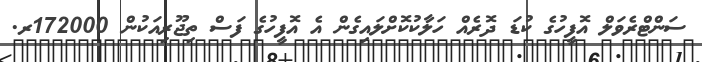
ސަންޓްރެވަލް އޮފީހުގެ ކުޑަ ދޮރެއް ހަލާކުކޮށްލައިގެން އެ އޮފީހުގެ ފަސް ތިޖޫރިއަކުން 172000ރ.